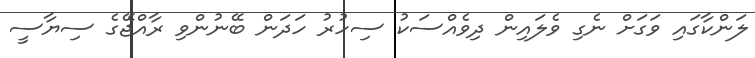
ލަންކާގައި ވަގަށް ނެގި ވެލައިން ދިވެއްސަކު ސިހުރު ހަދަން ބޭނުންވި ރާއްޖޭގެ ސިޔާސީ